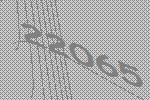
22065